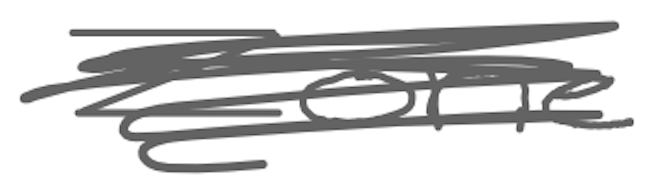
Text: Zone
Cross-out: scratch
Writing tool: digital_gray